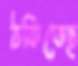
ঠকিতেছ